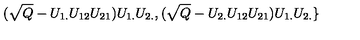
( \sqrt { Q } - U _ { 1 . } U _ { 1 2 } U _ { 2 1 } ) U _ { 1 . } U _ { 2 . } , ( \sqrt { Q } - U _ { 2 . } U _ { 1 2 } U _ { 2 1 } ) U _ { 1 . } U _ { 2 . } \}